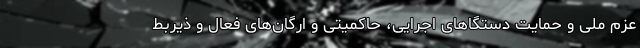
عزم ملی و حمایت دستگا‌های اجرایی، حاکمیتی و ارگان‌های فعال و ذیربط